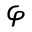
\varphi